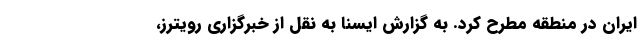
ایران در منطقه مطرح کرد. به گزارش ایسنا به نقل از خبرگزاری رویترز،